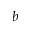
b